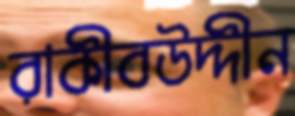
রাকীবউদ্দীন